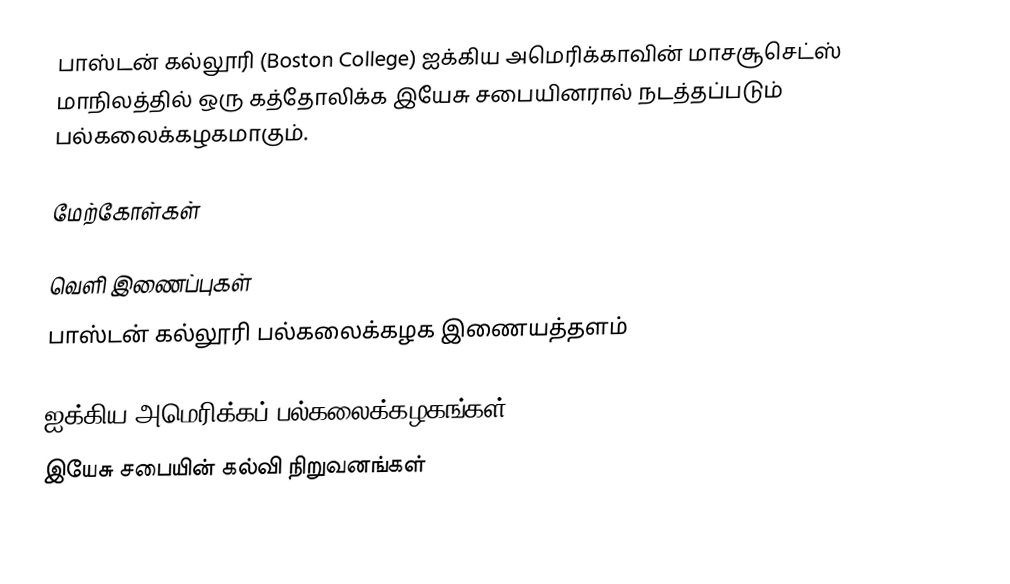
பாஸ்டன் கல்லூரி (Boston College) ஐக்கிய அமெரிக்காவின் மாசசூசெட்ஸ் மாநிலத்தில் ஒரு கத்தோலிக்க இயேசு சபையினரால் நடத்தப்படும்  பல்கலைக்கழகமாகும்.

மேற்கோள்கள்

வெளி இணைப்புகள்
பாஸ்டன் கல்லூரி பல்கலைக்கழக இணையத்தளம்

ஐக்கிய அமெரிக்கப் பல்கலைக்கழகங்கள்
இயேசு சபையின் கல்வி நிறுவனங்கள்